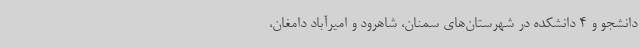
دانشجو و 4 دانشکده در شهرستان‌های سمنان، شاهرود و امیرآباد دامغان،